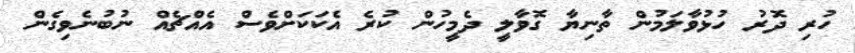
ހުރި ދޮރު ހުޅުވާލަމުން ތާނިޔާ ގޮވާލީ ދެމީހުން ކުރެ އެކަކަށްވެސް އެއްޗެއް ނުބުނެވިގެން